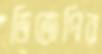
ডিজেপির